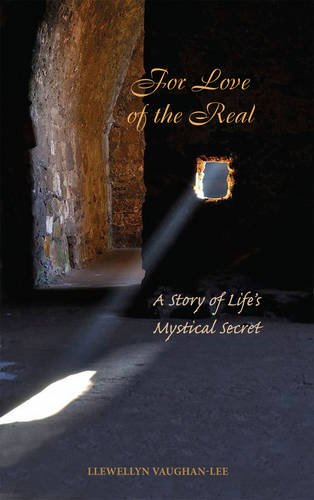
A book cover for For Love of the Real: A Story of Life's Mystical Secret; Llewellyn Vaughan-Lee; Religion & Spirituality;